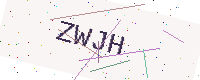
Text: ZWJH